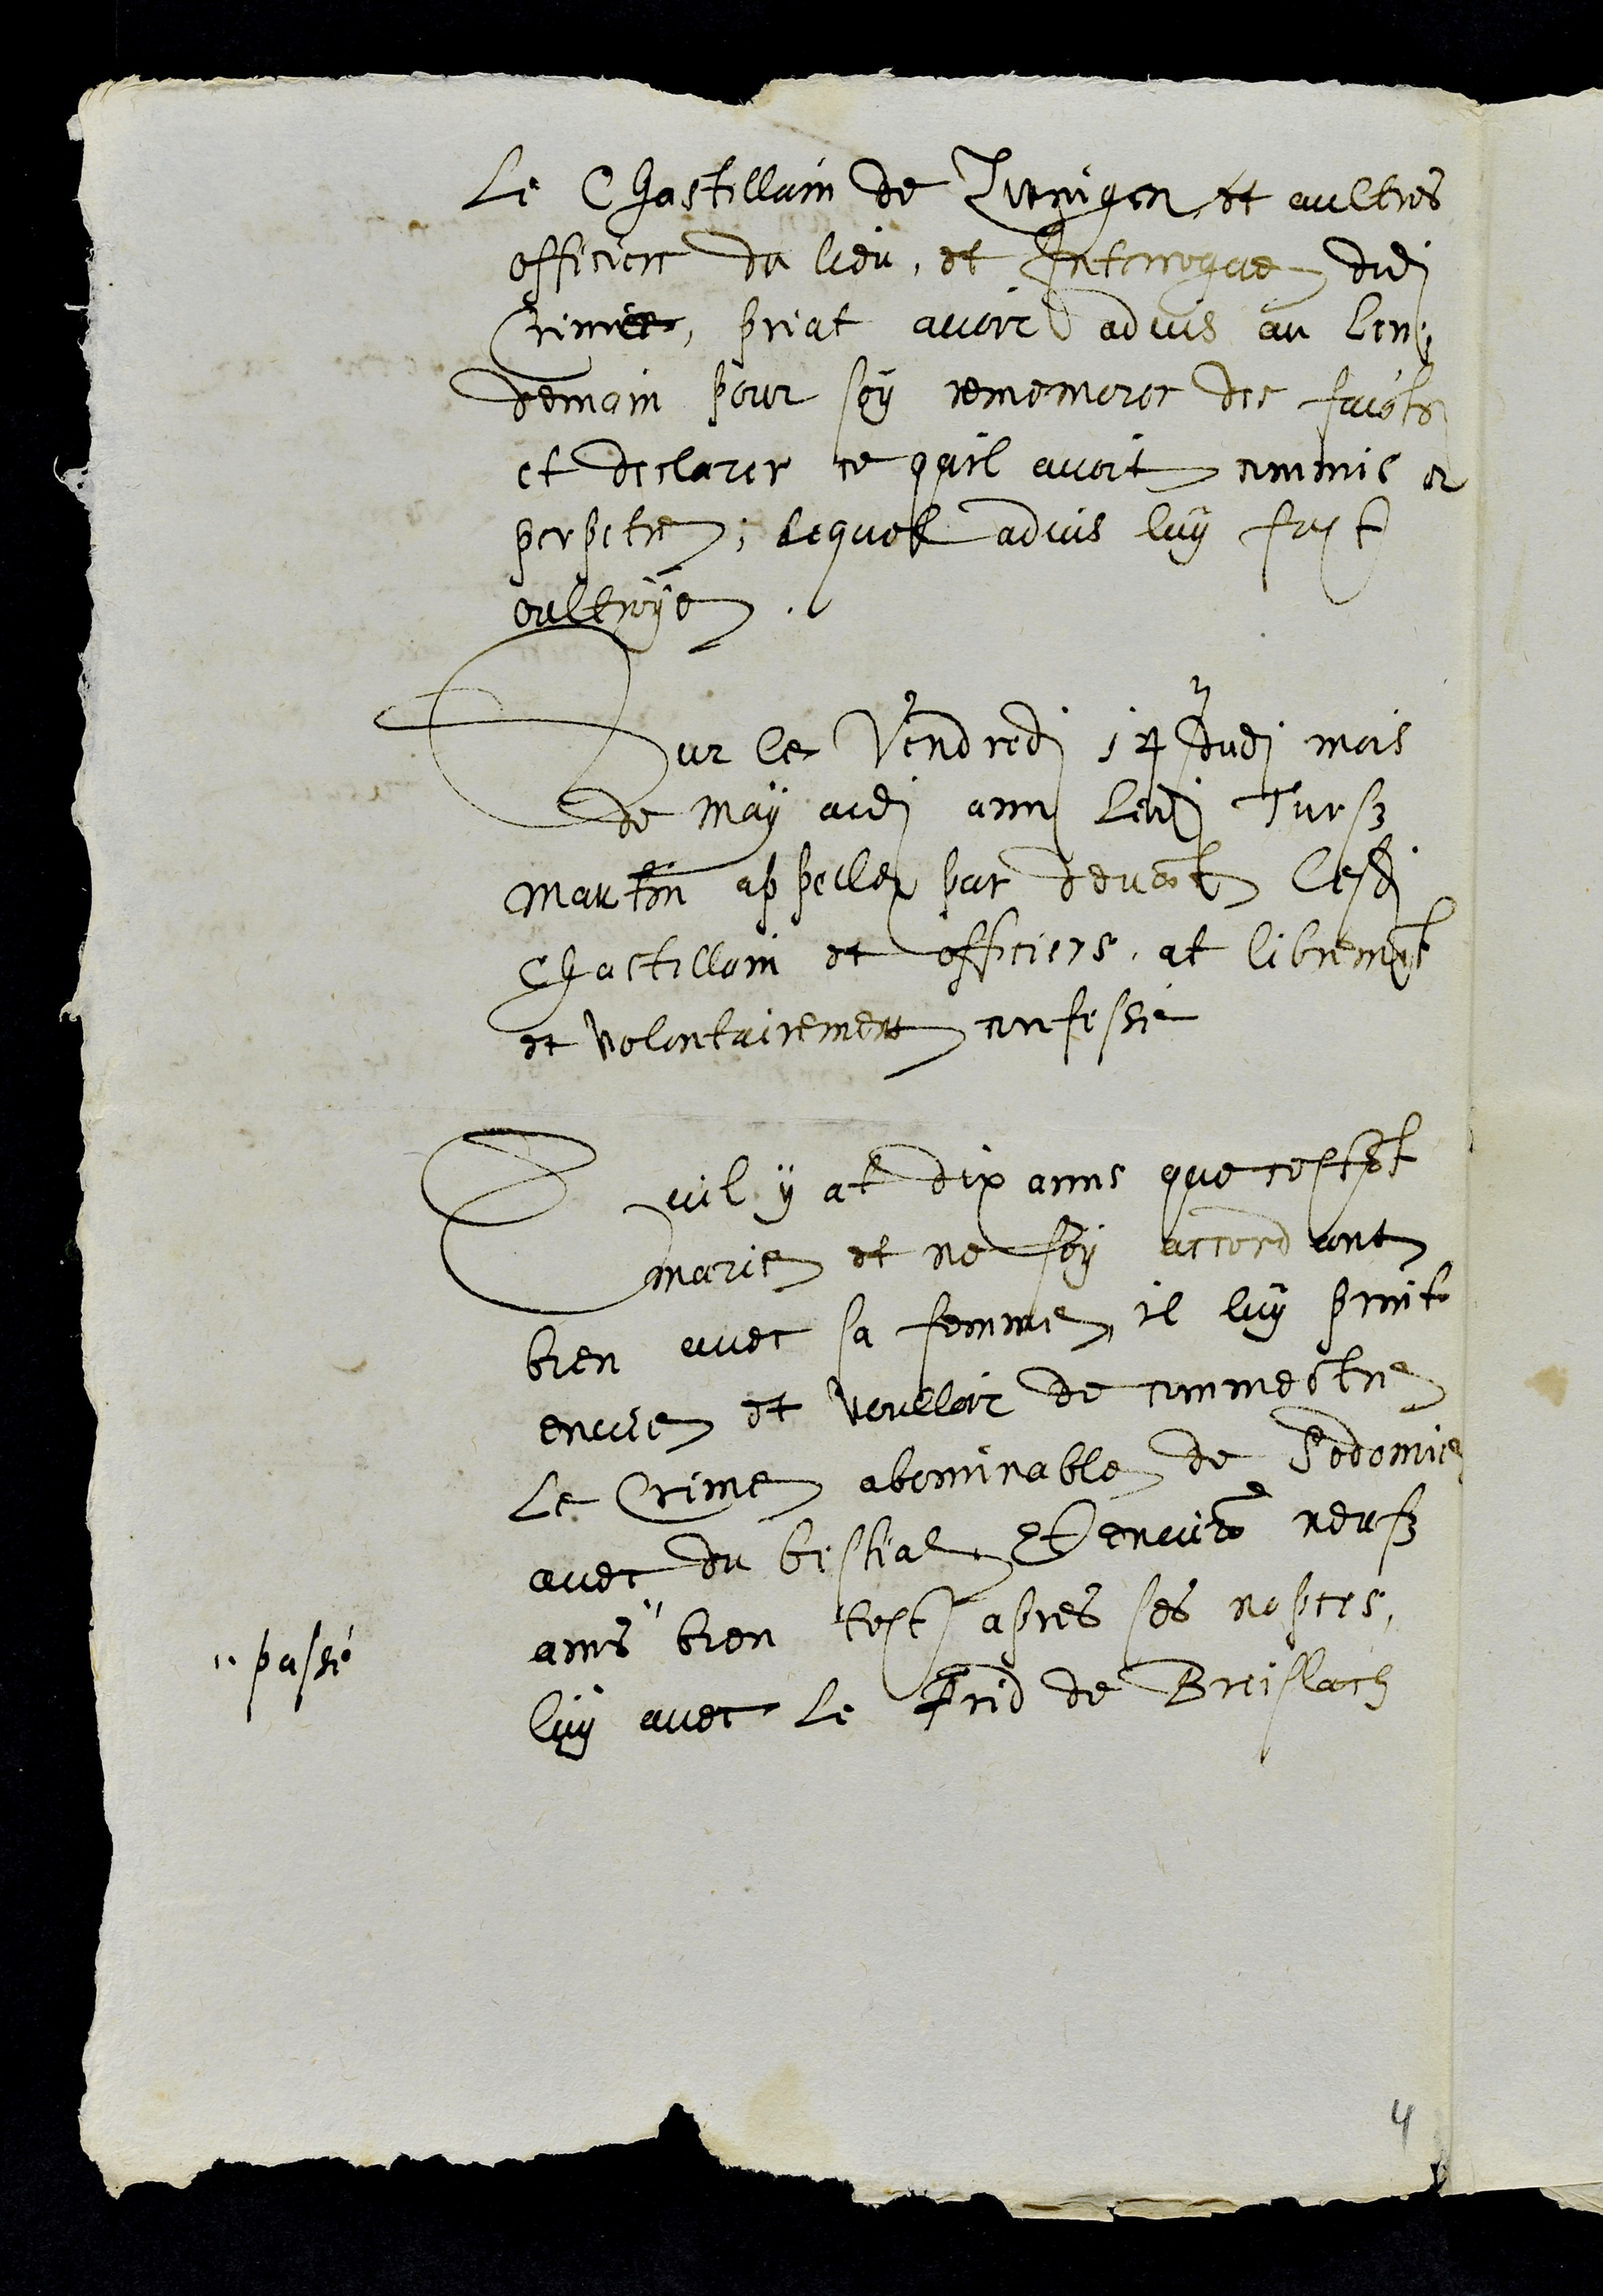
le Chastellain de Zwingen et aultres
officiers du lieu, et Interrogue dudit
Crime, priat avoir advis au len¬
demain pour soy rememorer des faicts
et declarer ce quil avoit commis et
perpetre, lequel advis luy fust
oultroye.
Sur le vendredi 17 dudit mois
de may audit lieu ledit Turs
Martin appelle par devant lesdits
Chastellain et officiers, at librement
et volontairement confesse
Quil y at dix ans que cestant
marie et ne soy accordant
bien avec sa femme il luy print
envie et voulloir de commectre
le crime abominable de Sodomie
avec du bestial Et environ neufz
ans
passé
bien tost apres ses nopces,
luy avec le Frid de Brislach
4